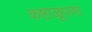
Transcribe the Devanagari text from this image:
कष्टाळूपणा